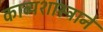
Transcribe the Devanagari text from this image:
काव्यशास्त्राने